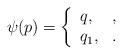
LaTeX: \begin{align*}\psi(p)= \left\{ \begin{array}{ll} q, & , \\ q_1, &. \end{array} \right.\end{align*}